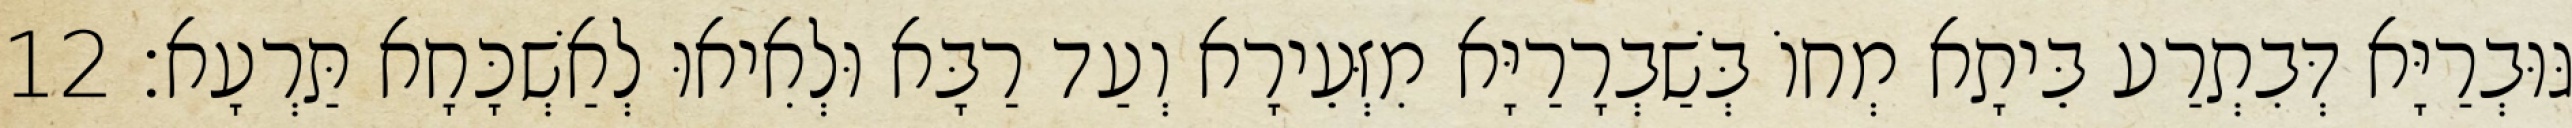
גּוּבְרַיָּא דְּבִתְרַע בֵּיתָא מְחוֹ בְּשַׁבְרָרַיָּא מִזְּעֵירָא וְעַד רַבָּא וּלְאִיאוּ לְאַשְׁכָּחָא תַּרְעָא׃ 12